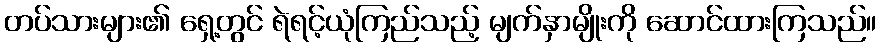
တပ်သားများ၏ ရှေ့တွင် ရဲရင့်ယုံကြည်သည့် မျက်နှာမျိုးကို ဆောင်ထားကြသည်။